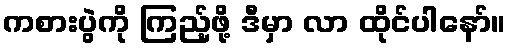
ကစားပွဲကို ကြည့်ဖို့ ဒီမှာ လာ ထိုင်ပါနော်။